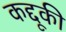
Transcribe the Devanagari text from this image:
कद्दूकी